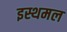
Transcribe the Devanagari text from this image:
इस्थमल